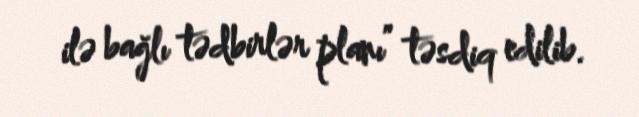
ilə bağlı tədbirlər planı” təsdiq edilib.